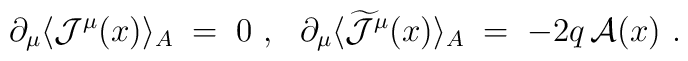
\partial_\mu \langle {\mathcal J}^\mu (x)\rangle_A\;=\;0~,~~\partial_\mu \langle \widetilde{{\mathcal J}}^\mu (x)\rangle_A \;=\; - 2q\,{\mathcal A} (x)~.